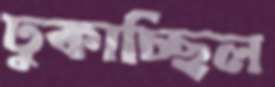
ঢুকাচ্ছিল